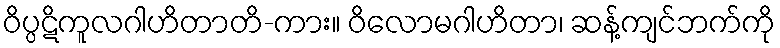
ဝိပ္ပဋိကူလဂါဟိတာတိ-ကား။ ဝိလောမဂါဟိတာ၊ ဆန့်ကျင်ဘက်ကို